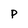
Character: P